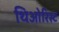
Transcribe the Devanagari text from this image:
थिओरिस्ट